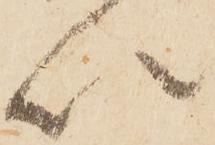
以